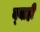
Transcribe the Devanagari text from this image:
व्‍याही